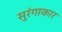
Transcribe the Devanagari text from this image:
सुरंगाकार